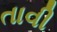
તાવી